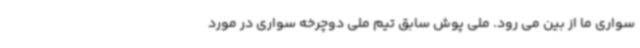
سواری ما از بین می رود. ملی پوش سابق تیم ملی دوچرخه سواری در مورد